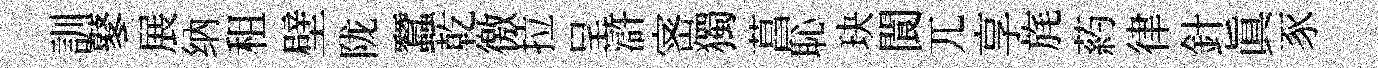
訓鼕展纳租壁陇蠶乾徼拉呈滸宻獨菖恥玦閬兀享旄葯律針真豕